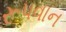
રૂપવાન